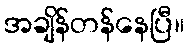
အချိန်တန်နေပြီ။